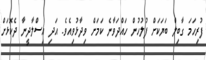
ފުރިހަމަ ގާބިލް ބަޔަކަށް ފުލުހުން ހައްދަވާނެ ކަމަށް ވިދާޅުވިއެވެ. އަދި އިސްލާދީނާ ދެކޮޅަށް